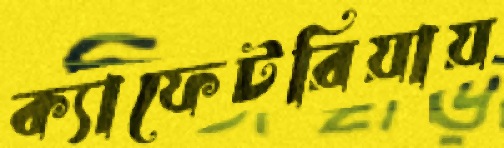
ক্যাফেটরিয়ায়